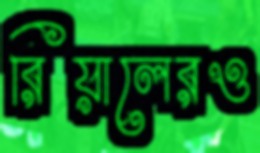
রিয়ালেরও